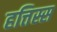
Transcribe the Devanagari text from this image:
हत्तिस्स